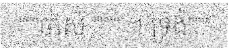
"""ចាស់ """" ។ ទ្រង់"""